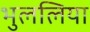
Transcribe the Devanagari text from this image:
भुललिया